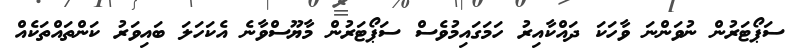
ސަޕޯޓަރުން ނުވަންނަ ވާހަކަ ދައްކާއިރު ހަމަގައިމުވެސް ސަޕޯޓަރުން މާޔޫސްވާނެ އެކަހަލަ ބައިވަރު ކަންތައްތަކެއް